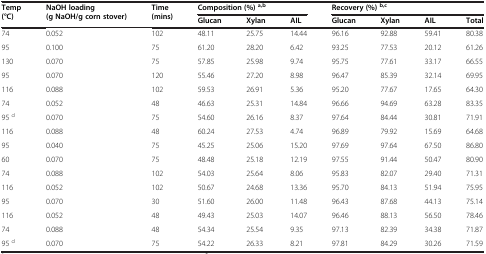
<table><thead><tr><td rowspan="2"><b>Temp (°C)</b></td><td rowspan="2"><b>NaOH loading (g NaOH/g corn stover)</b></td><td rowspan="2"><b>Time (mins)</b></td><td colspan="3"><b>Composition (%)<sup>a,b</sup></b></td><td colspan="4"><b>Recovery (%)<sup>b,c</sup></b></td></tr><tr><td><b>Glucan</b></td><td><b>Xylan</b></td><td><b>AIL</b></td><td><b>Glucan</b></td><td><b>Xylan</b></td><td><b>AIL</b></td><td><b>Total</b></td></tr></thead><tbody><tr><td>74</td><td>0.052</td><td>102</td><td>48.11</td><td>25.75</td><td>14.44</td><td>96.16</td><td>92.88</td><td>59.41</td><td>80.38</td></tr><tr><td>95</td><td>0.100</td><td>75</td><td>61.20</td><td>28.20</td><td>6.42</td><td>93.25</td><td>77.53</td><td>20.12</td><td>61.26</td></tr><tr><td>130</td><td>0.070</td><td>75</td><td>57.85</td><td>25.98</td><td>9.74</td><td>95.75</td><td>77.61</td><td>33.17</td><td>66.55</td></tr><tr><td>95</td><td>0.070</td><td>120</td><td>55.46</td><td>27.20</td><td>8.98</td><td>96.47</td><td>85.39</td><td>32.14</td><td>69.95</td></tr><tr><td>116</td><td>0.088</td><td>102</td><td>59.53</td><td>26.91</td><td>5.36</td><td>95.20</td><td>77.67</td><td>17.65</td><td>64.30</td></tr><tr><td>74</td><td>0.052</td><td>48</td><td>46.63</td><td>25.31</td><td>14.84</td><td>96.66</td><td>94.69</td><td>63.28</td><td>83.35</td></tr><tr><td>95 <sup>d</sup></td><td>0.070</td><td>75</td><td>54.60</td><td>26.16</td><td>8.37</td><td>97.64</td><td>84.44</td><td>30.81</td><td>71.91</td></tr><tr><td>116</td><td>0.088</td><td>48</td><td>60.24</td><td>27.53</td><td>4.74</td><td>96.89</td><td>79.92</td><td>15.69</td><td>64.68</td></tr><tr><td>95</td><td>0.040</td><td>75</td><td>45.25</td><td>25.06</td><td>15.20</td><td>97.69</td><td>97.64</td><td>67.50</td><td>86.80</td></tr><tr><td>60</td><td>0.070</td><td>75</td><td>48.48</td><td>25.18</td><td>12.19</td><td>97.55</td><td>91.44</td><td>50.47</td><td>80.90</td></tr><tr><td>74</td><td>0.088</td><td>102</td><td>54.03</td><td>25.64</td><td>8.06</td><td>95.83</td><td>82.07</td><td>29.40</td><td>71.31</td></tr><tr><td>116</td><td>0.052</td><td>102</td><td>50.67</td><td>24.68</td><td>13.36</td><td>95.70</td><td>84.13</td><td>51.94</td><td>75.95</td></tr><tr><td>95</td><td>0.070</td><td>30</td><td>51.60</td><td>26.00</td><td>11.48</td><td>96.43</td><td>87.68</td><td>44.13</td><td>75.14</td></tr><tr><td>116</td><td>0.052</td><td>48</td><td>49.43</td><td>25.03</td><td>14.07</td><td>96.46</td><td>88.13</td><td>56.50</td><td>78.46</td></tr><tr><td>74</td><td>0.088</td><td>48</td><td>54.34</td><td>25.54</td><td>9.35</td><td>97.13</td><td>82.39</td><td>34.38</td><td>71.87</td></tr><tr><td>95 <sup>d</sup></td><td>0.070</td><td>75</td><td>54.22</td><td>26.33</td><td>8.21</td><td>97.81</td><td>84.29</td><td>30.26</td><td>71.59</td></tr></tbody></table>